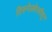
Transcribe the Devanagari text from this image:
तिरुनेलवेल्लीहून